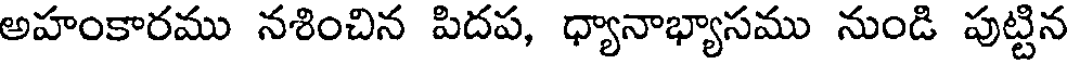
అహంకారము నశించిన పిదప, ధ్యానాభ్యాసము నుండి పుట్టిన